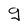
Character: g